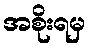
အစိုးရမှ